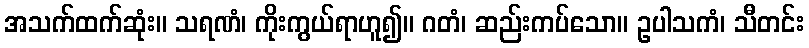
အသက်ထက်ဆုံး။ သရဏံ၊ ကိုးကွယ်ရာဟူ၍။ ဂတံ၊ ဆည်းကပ်သော။ ဥပါသကံ၊ သီတင်း